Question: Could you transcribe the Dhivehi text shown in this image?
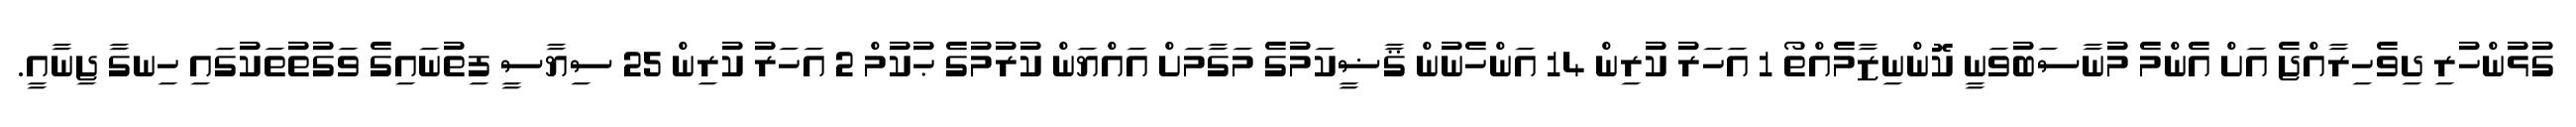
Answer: ގުޅުންހުރި ދިވެހިރާއްޖެ އަށް އެންމެ މުނާސަބުވަނީ ކޮންނިޒާމެއްތޯ 1 އަހަރު ކުރިން 14 އަންހެނުން ޤާޟީކަމުގެ މަގާމަށް އައްޔަން ކުރުމުގެ ޙުކުމް 2 އަހަރު ކުރިން 25 ސިޔާސީ ފިތުނައިގެ ވަގުތުތަކުގައި ހިނގާ ޖިނާއީ.